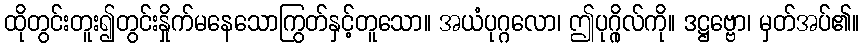
ထိုတွင်းတူး၍တွင်းနှိုက်မနေသောကြွတ်နှင့်တူသော။ အယံပုဂ္ဂလော၊ ဤပုဂ္ဂိုလ်ကို။ ဒဋ္ဌဗ္ဗော၊ မှတ်အပ်၏။